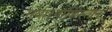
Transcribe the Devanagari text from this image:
गया।पाकिस्तान